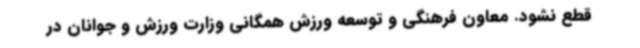
قطع نشود. معاون فرهنگی و توسعه ورزش همگانی وزارت ورزش و جوانان در